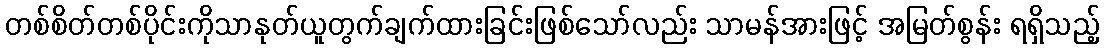
တစ်စိတ်တစ်ပိုင်းကိုသာနုတ်ယူတွက်ချက်ထားခြင်းဖြစ်သော်လည်း သာမန်အားဖြင့် အမြတ်စွန်း ရရှိသည့်